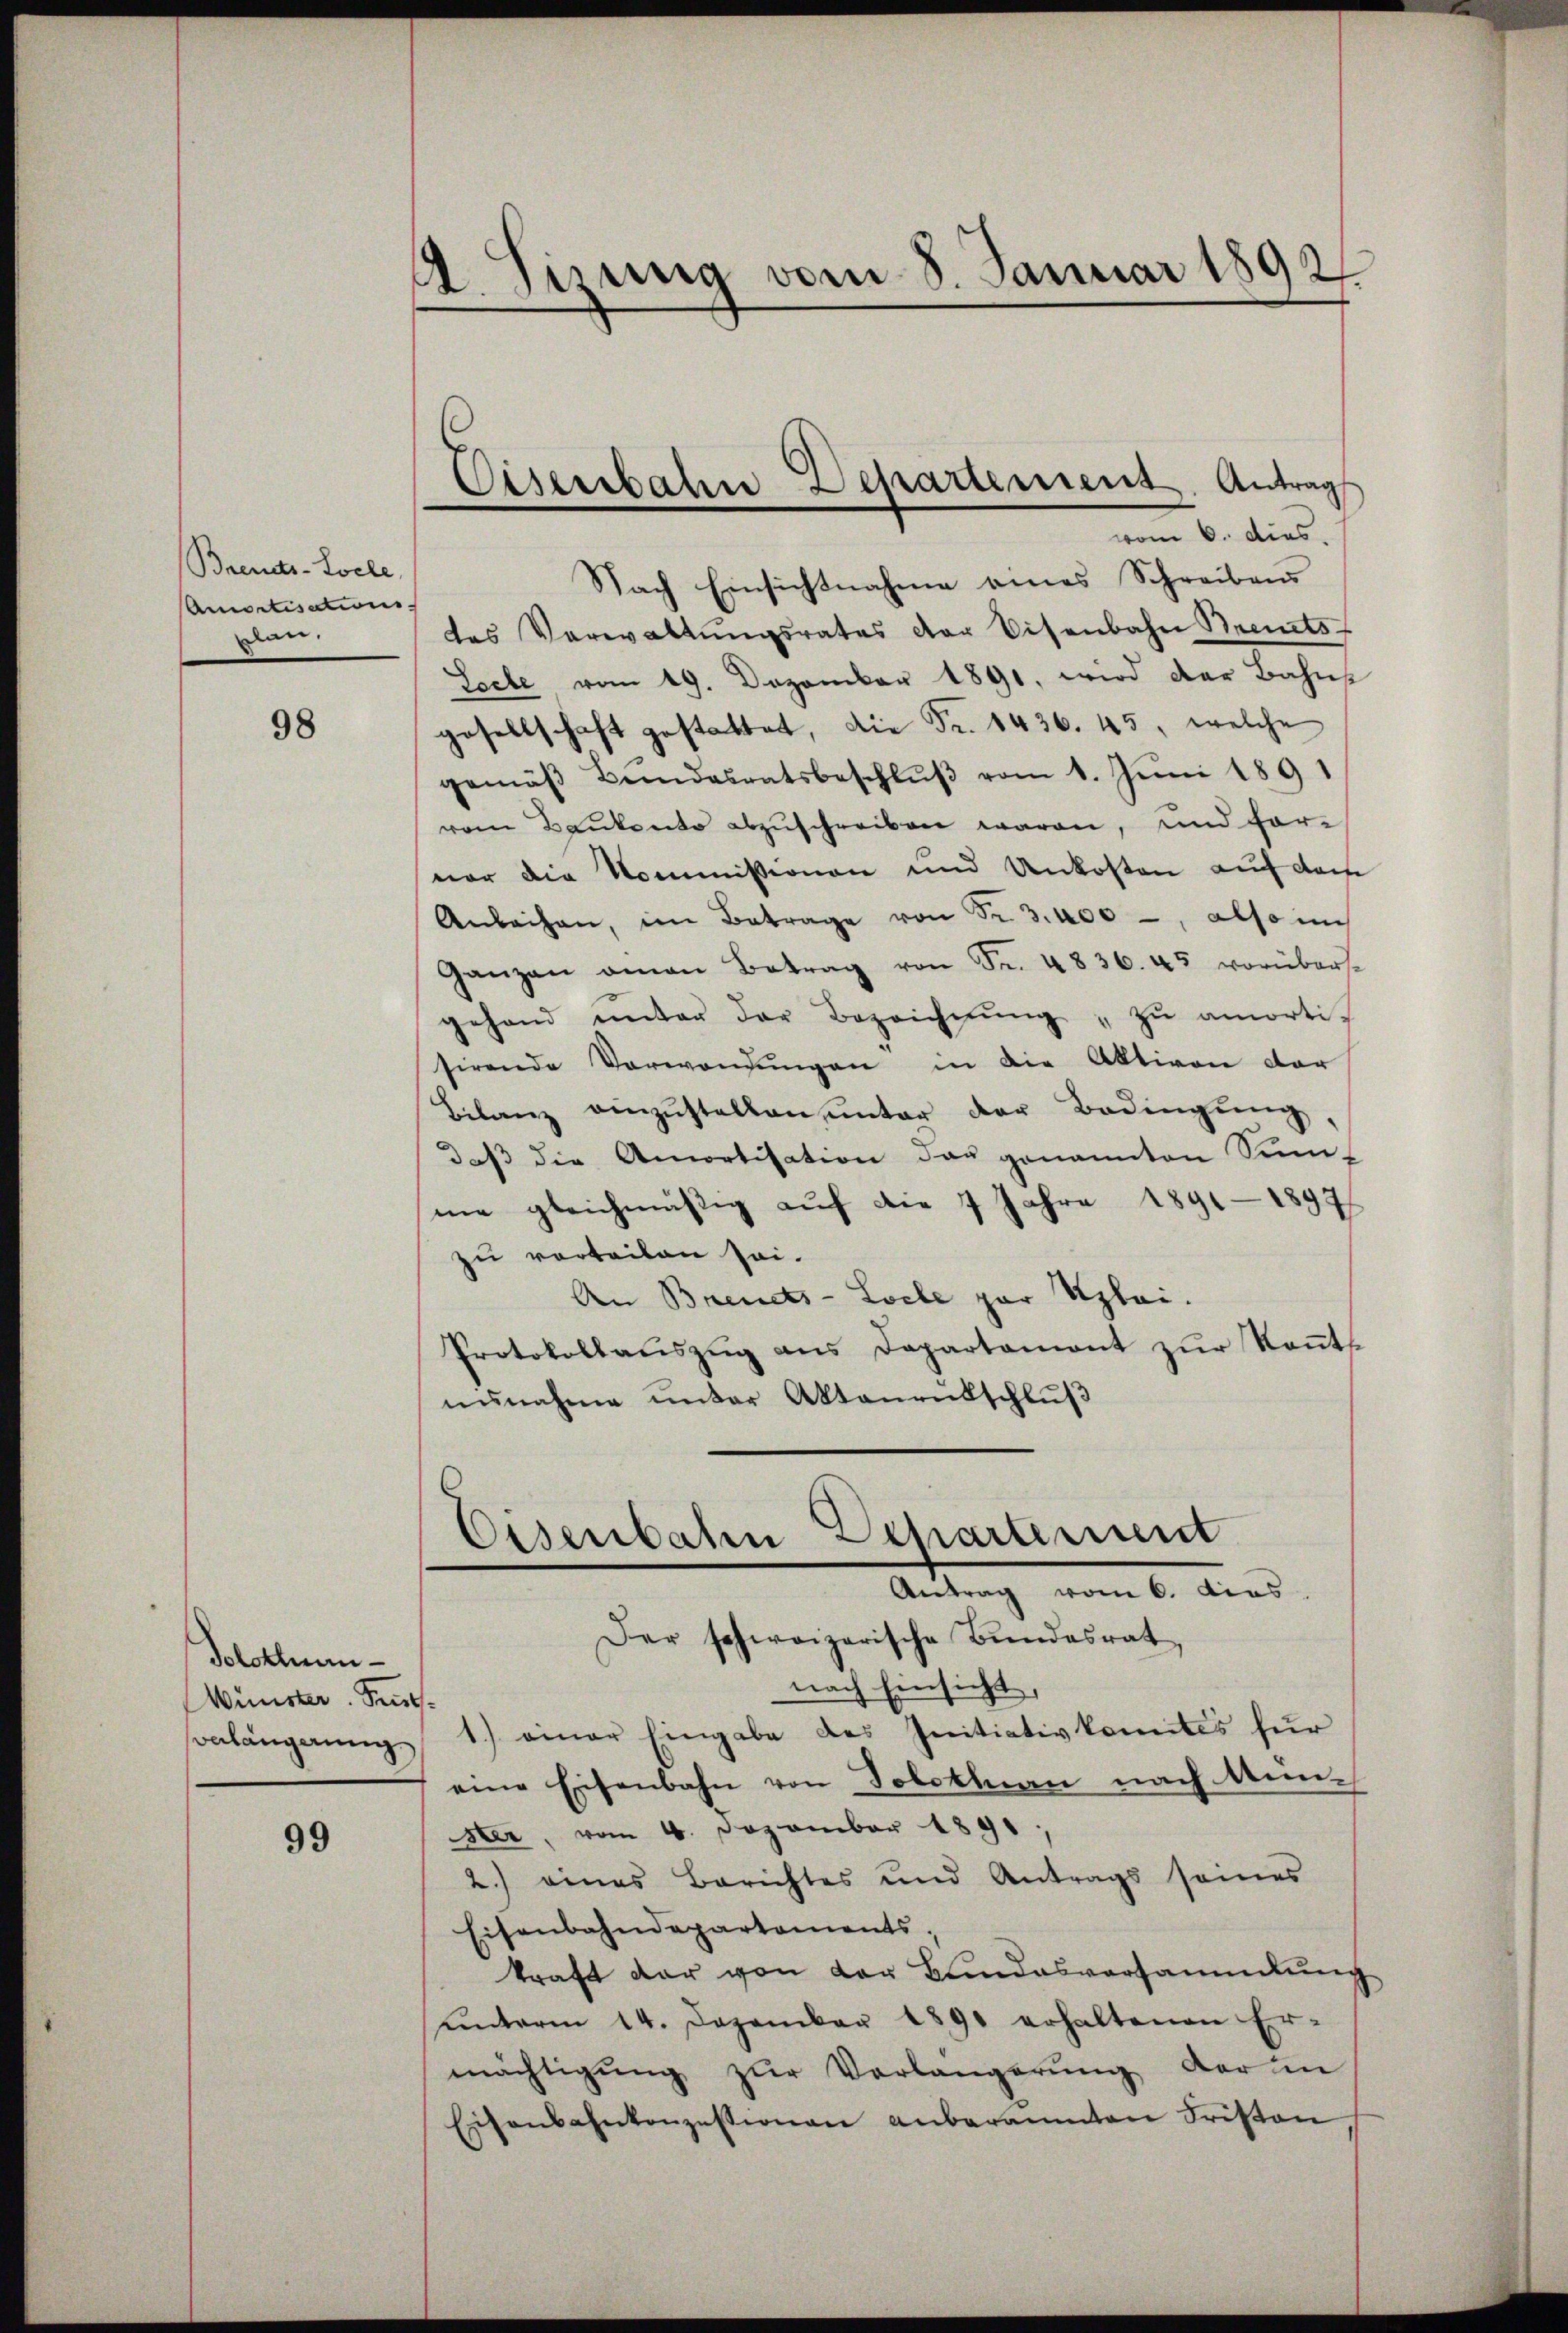
Brends-Locle
Amortisations
plan.

98

Solothuen-
Wünster. Heut
nlängerung

99

A. Sizung vom 8. Januar 1892.

Eisenbahn Departement. Antrag
vom 6. dies

Nach Einsichtnahme eines Schreibens
des Verwaltŭngsrates der Eisenbahn Brents
Seele vom 19. Dezember 1891, wird der Bahns
gesellschaft gestattet, die Fr. 1436. 45, welche
gemäβ Bandesratsbeschlŭβ vom 1. Juni 1891
rem Baukonto abzuschreiben waren, und for-
vor die Kommissionen und Unkosten auf das
Anleihen, im Betrage von Fr. 3.400, also im
Ganzen amon Betrag von Fr. 4836. 45 vorübers
gehand ŭnter der Bezeichnŭng zŭ amortis
sirende Verwendŭngen in die Aktiven der
Bilanz einzustellen, unter der Bedingung
daβ die Amortisation das genannten Sin-
me gleichmäßig auf die 7 Jahre 1891 - 1897
zu verteilen sei.
An Brents-Locle par Uploi.
Protokollauszug aus Departament zur Kant
nunahme unter Aktanentschluß
Eisenbahn Departement
Antrag vom 6. dies
Der schweizerische Bundesrat,
nach Einsicht
1.) einer Eingabe des Initiativkomites für
eine Eisenbahn von Solothurn nach Minster, vom 4. Dezember 1891,
2.) eines Berichtes und Antrags seines
Eisenbahndepartements,
kraft dar von der Bundesversammlung
unterm 14. Dezember 1891 erhaltenen Er-
mächtigŭng zŭr Verlängerŭng der in
Eisenbahnkonzessionen anberannten Fristen